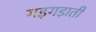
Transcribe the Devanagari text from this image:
गड़गड़ाती